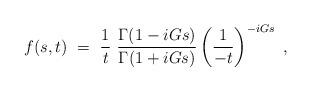
LaTeX: \begin{align*}f(s,t)~=~{1 \over t}~\frac{\Gamma(1-iGs)}{\Gamma(1+iGs)}\left(\frac{1}{-t}\right)^{-iGs}~,\end{align*}